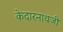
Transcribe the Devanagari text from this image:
केदारनाथजी